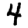
Digit: 4